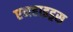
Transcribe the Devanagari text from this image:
एनहाइड्रस